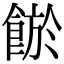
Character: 𩜏